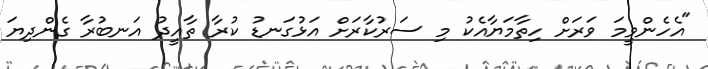
"އެހެންވީމަ ވަރަށް ހިތާމަޔާއެކު މި ސަރުކާރަށް އަޅުގަނޑު ކުރާ ތާއީދު އަނބުރާ ގެންދިޔަ